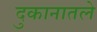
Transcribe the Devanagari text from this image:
दुकानातले